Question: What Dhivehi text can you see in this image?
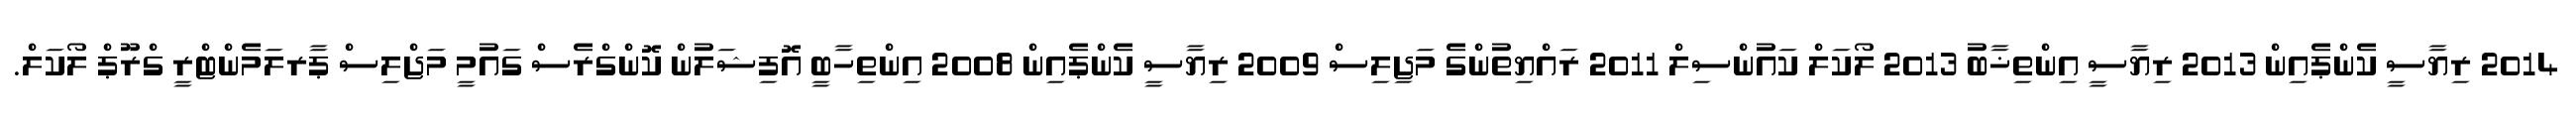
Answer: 2014 ރިޔާސީ ކެންޕެއިން 2013 ރިޔާސީ އިންތިޚާބު 2013 ލޯކަލް ކައުންސިލް 2011 ރައްޔިތުންގެ މަޖިލިސް 2009 ރިޔާސީ ކެންޕެއިން 2008 އިންތިހާބީ އޮފިޝަލުން ކޮންގްރެސް ގައުމީ މަޖްލިސް ޕާރލަމެންޓްރީ ގްރޫޕް ލޯކަލް.